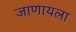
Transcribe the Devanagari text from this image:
जाणायला